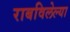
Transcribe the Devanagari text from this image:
राबविलेल्या